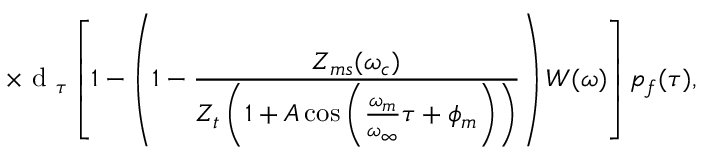
\times \textrm { d } _ { \tau } \left[ 1 - \left( 1 - \frac { Z _ { m s } ( \omega _ { c } ) } { Z _ { t } \left( 1 + A \cos \left( \frac { \omega _ { m } } { \omega _ { \infty } } \tau + \phi _ { m } \right) \right) } \right) W ( \omega ) \right] p _ { f } ( \tau ) ,